Problem: 2 + 44 = ?
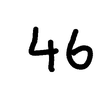
Handwritten answer: 46